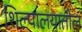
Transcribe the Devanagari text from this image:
शिल्पालयातील